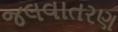
જલવાતરણ